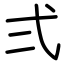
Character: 弍